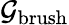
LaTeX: \mathcal{G}_{\mathrm{brush}}